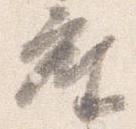
座